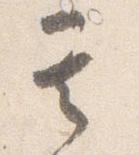
其